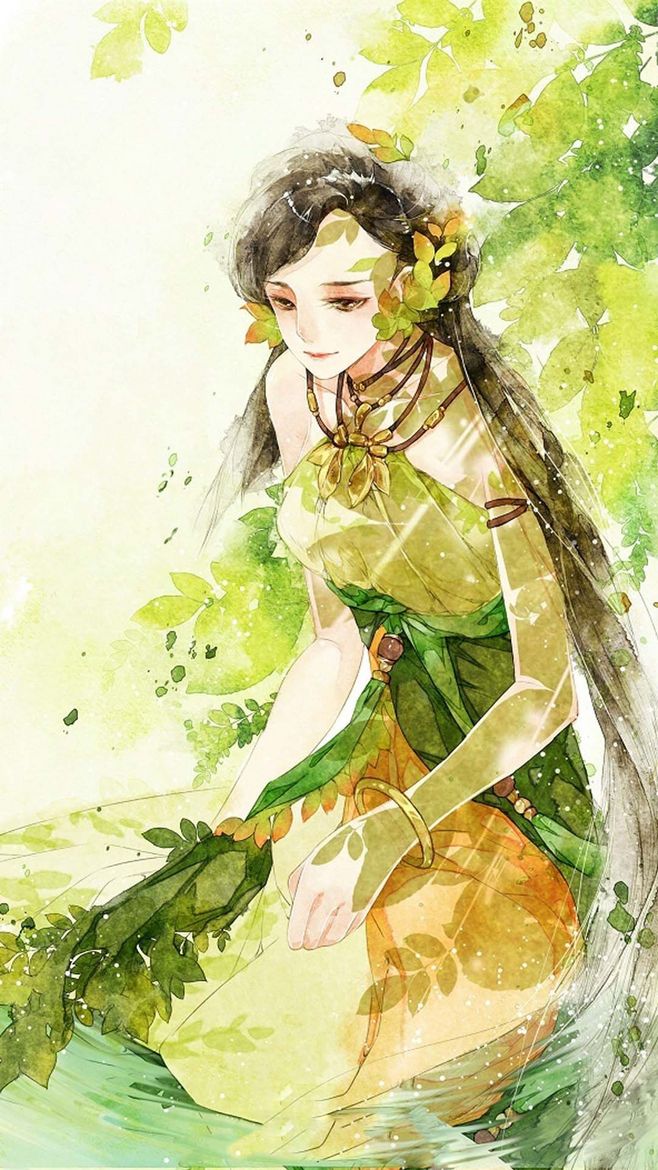
拥红妆，翻翠盖，花影暗南浦。